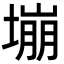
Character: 塴